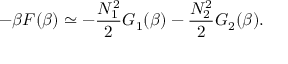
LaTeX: - \beta F ( \beta ) \simeq - \frac { N _ { 1 } ^ { 2 } } { 2 } G _ { 1 } ( \beta ) - \frac { N _ { 2 } ^ { 2 } } { 2 } G _ { 2 } ( \beta ) .